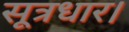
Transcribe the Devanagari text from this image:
सूत्रधार।